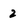
Character: 2